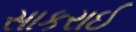
સાકરાઈ